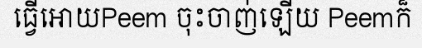
ធ្វើអោយPeem ចុះចាញ់ឡើយ Peemក៏